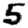
Digit: 5